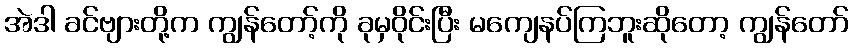
အဲဒါ ခင်ဗျားတို့က ကျွန်တော့်ကို ခုမှဝိုင်းပြီး မကျေနပ်ကြဘူးဆိုတော့ ကျွန်တော်